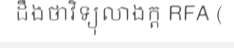
ដឹងថាវិទ្យុលាងក្ត RFA (